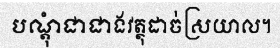
បណ្តុំជាជាងវត្ថុដាច់ស្រយាល។